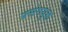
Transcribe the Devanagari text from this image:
प्रसंगयुक्त